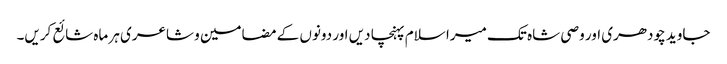
جاوید چودھری اور وصی شاہ تک میرا سلام پہنچا دیں اور دونوں کے مضامین و شاعری ہر ماہ شائع کریں۔